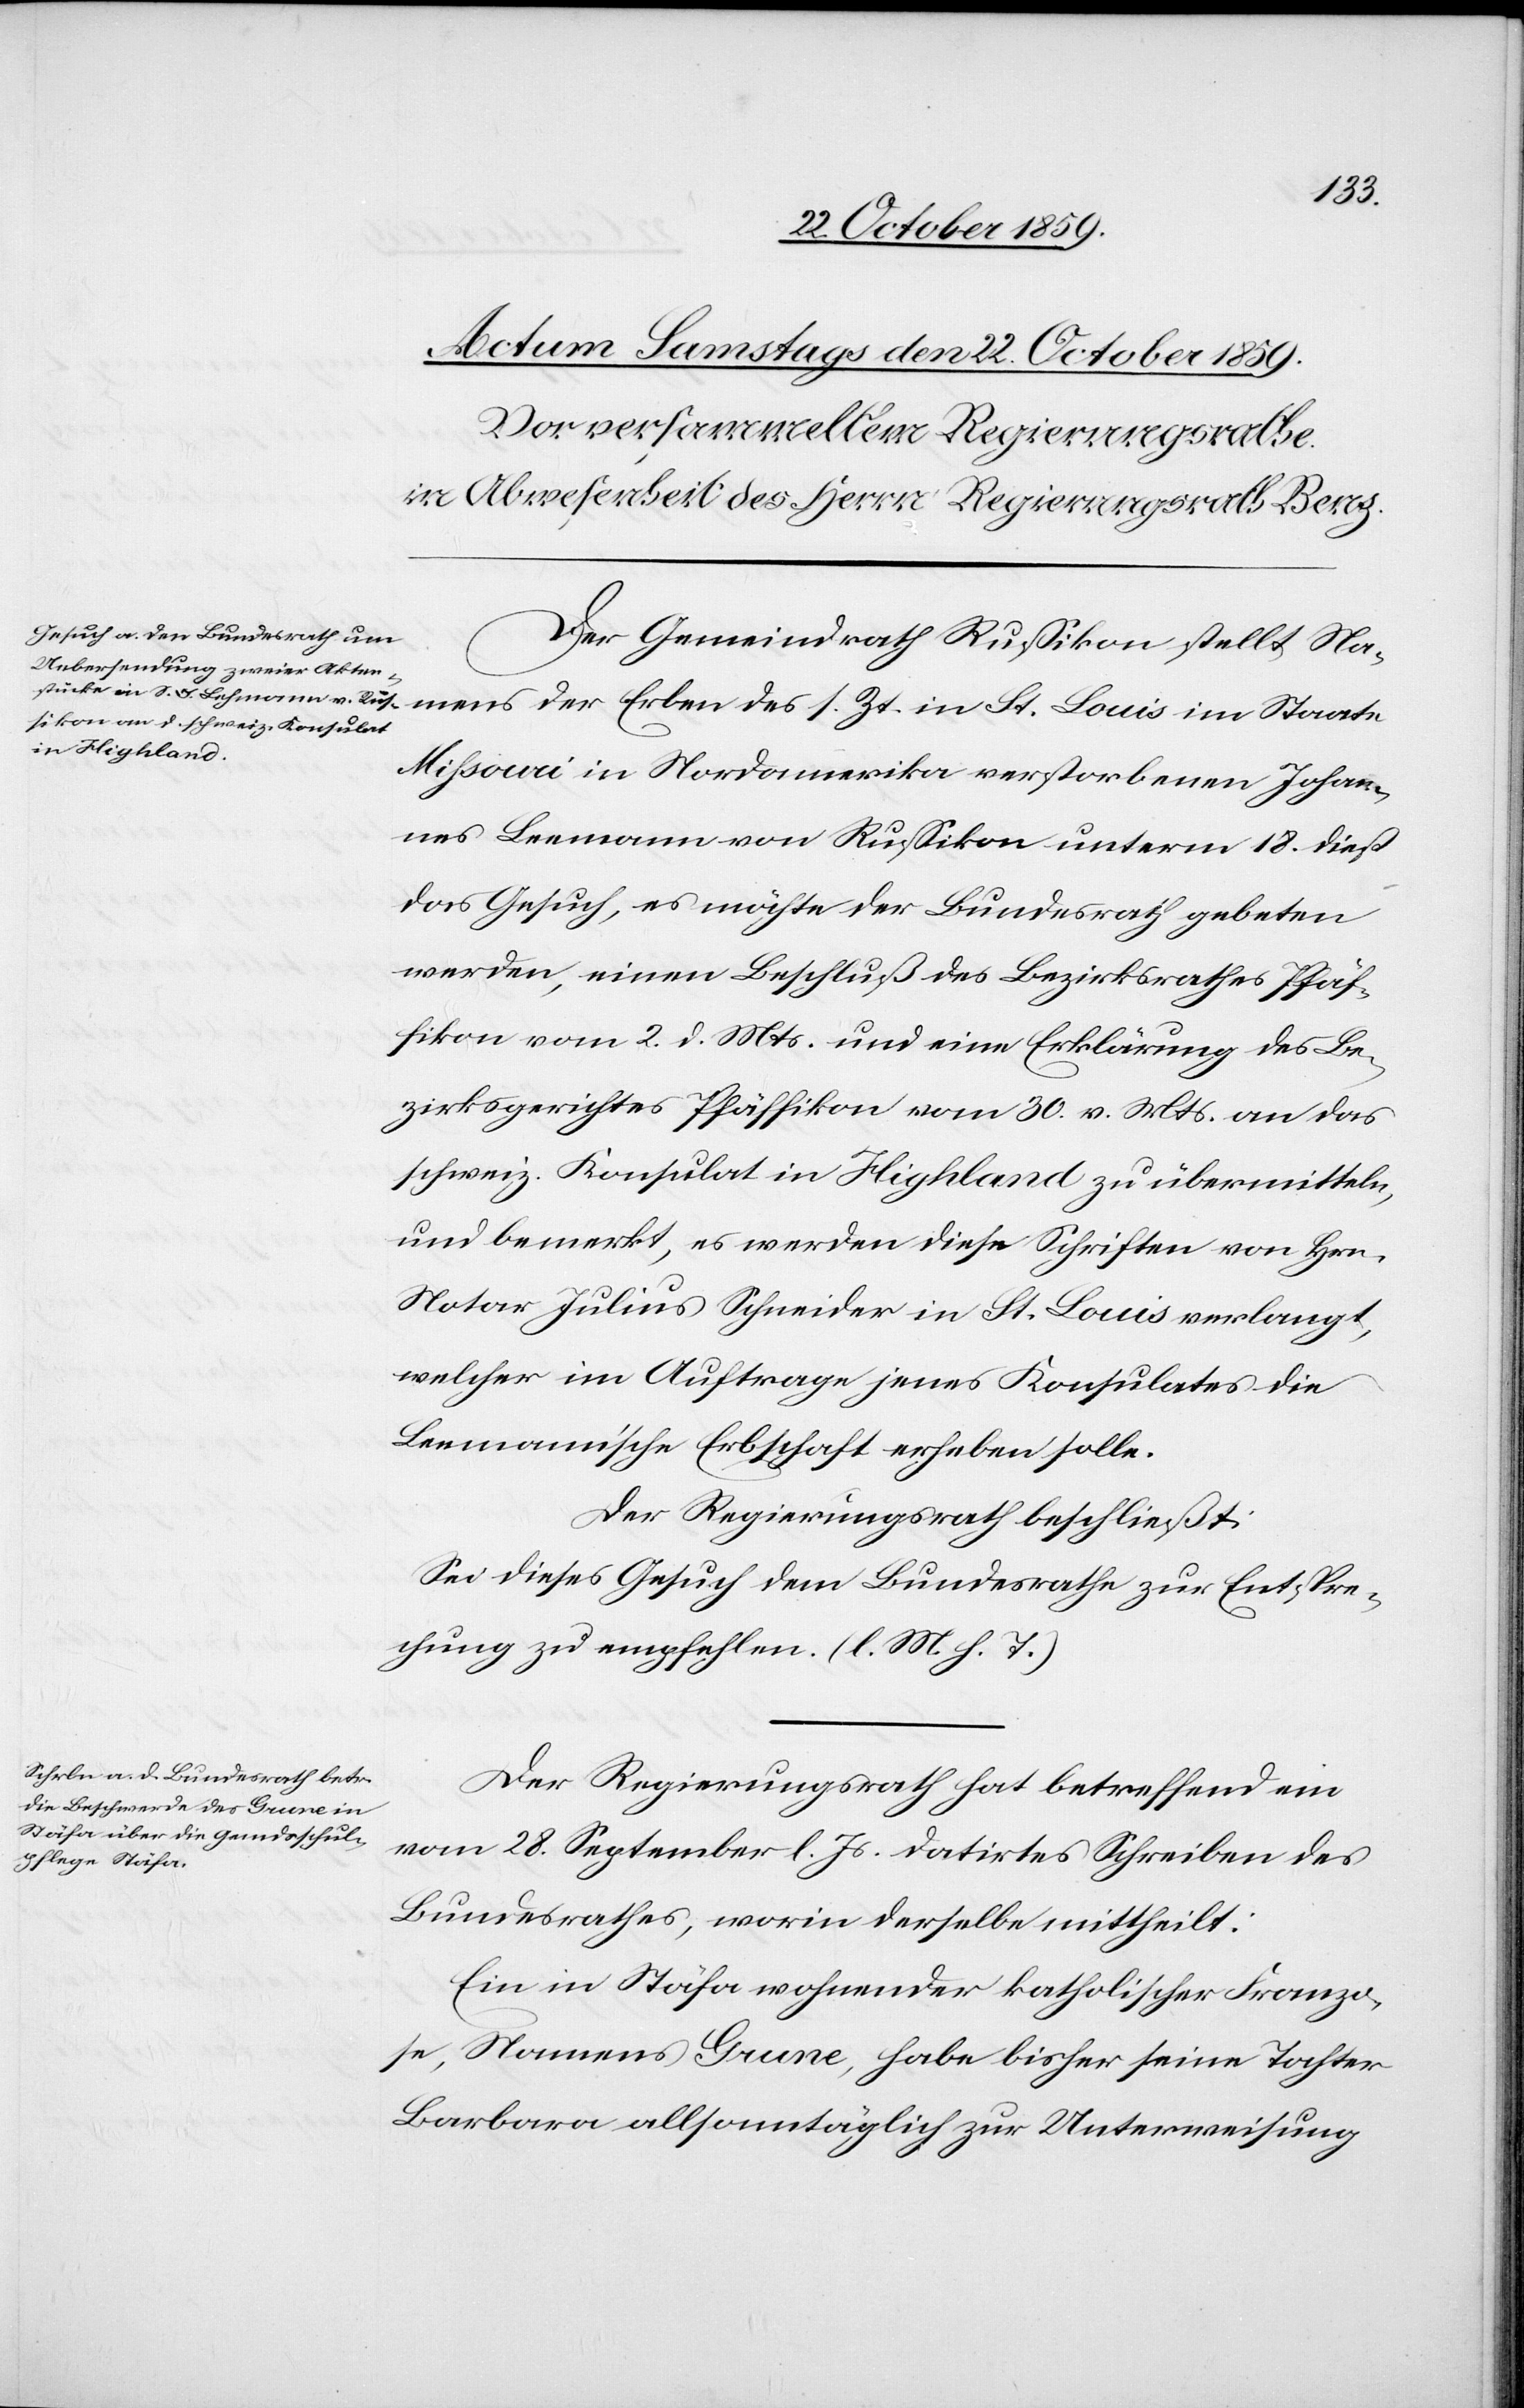
Der Gemeinderath Russikon stellt Na¬
mens der Erben des s. Zt. in St. Louis im Staate
Missouri in Nordamerika verstorbenen Johan¬
nes Leemann von Russikon unterm 18. dieß
das Gesuch, es möchte der Bundesrath gebeten
werden, einen Beschluß des Bezirksrathes Pfäf¬
fikon vom 2. d. Mts. und eine Erklärung des Be¬
zirksgerichtes Pfäffikon vom 30. v. Mts. an das
schweiz. Konsulat in Highland zu übermitteln,
und bemerkt, es werden diese Schriften von Hrn.
Notar Julius Schneider in St. Louis verlangt,
welcher im Auftrage jenes Konsulates die
Leemann'sche Erbschaft erheben solle.
Der Regierungsrath beschließt:
Sei dieses Gesuch dem Bundesrath zur Entspre¬
chung zu empfehlen. (l. M. h. T.)
Der Regierungsrath hat betreffend ein
vom 28. September l. Js. datirtes Schreiben des
Bundesrathes, worin derselbe mittheilt:
Ein in Stäfa wohnender katholischer Franzo¬
se, Namens Grune, habe bisher seine Tochter
Barbara allsonntäglich zur Unterweisung